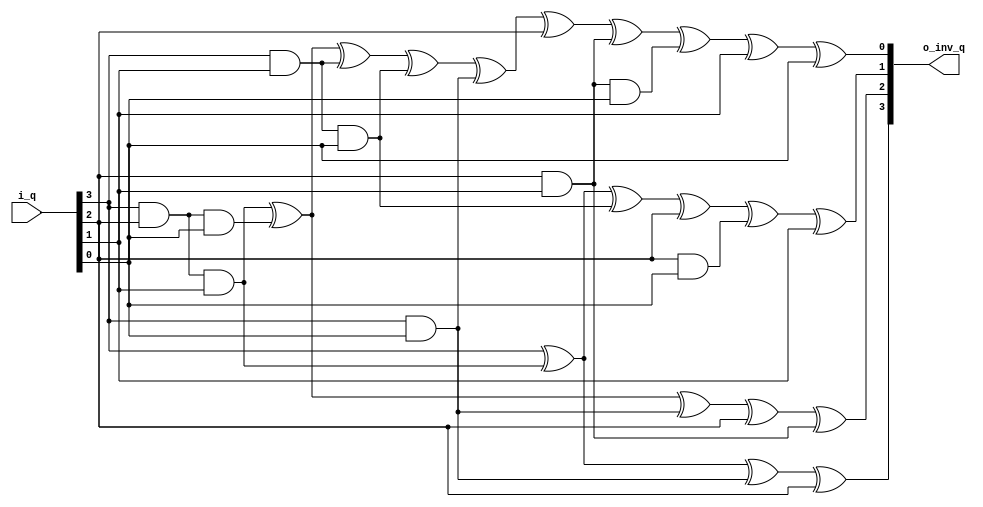
module gf_2to4_multiplicative_inversion
#(
	// PARAMETERS.
	parameter 									NB_DATA = 4		// [HINT] Works only if value is 4
)
(
	// OUTPUTS.
	output	wire	[ NB_DATA-1 : 0 ] 			o_inv_q			,
	// INTPUTS.
	input	wire	[ NB_DATA-1 : 0 ] 			i_q				
) ;
	// QUICK_INSTANCE: BEGIN
	/*gf_2to4_multiplicative_inversion
	#(
		.NB_DATA			( NB_HALF_BYTE	)	// [HINT] Works only if value is 4
	)
	u_gf_2to4_multiplicative_inversion
	(
		.o_inv_q			( inv_q	 		)	,
		.i_q				( aux_xor  		)
	) ;
	*/ // QUICK_INSTANCE: END

	// ALGORITHM BEGIN
	assign o_inv_q[3]
		= 	(	i_q[3] 										)	^ 
			( 	i_q[3] & 	i_q[2] & 	i_q[1] 				) 	^
			( 	i_q[3] & 						 	i_q[0] 	)	^
			(				i_q[2] 							)	;
	
	assign o_inv_q[2]
		= 	( 	i_q[3] & 	i_q[2] & 	i_q[1] 				)	^
			( 	i_q[3] & 	i_q[2] & 				i_q[0] 	) 	^
			( 	i_q[3] & 							i_q[0] 	)	^
			(				i_q[2] 							)	^
			( 				i_q[2] & 	i_q[1] 				)	;
	
	assign o_inv_q[1]
		= 	(	i_q[3]										)	^
			( 	i_q[3] & 	i_q[2] & 	i_q[1] 				) 	^
			( 	i_q[3] & 				i_q[1] & 	i_q[0] 	) 	^
			(				i_q[2]							)	^
			( 				i_q[2] & 				i_q[0] 	)	^
			(							i_q[1]				)	;
	
	assign o_inv_q[0]
		= 	( 	i_q[3] & 	i_q[2] & 	i_q[1] 				) 	^
			( 	i_q[3] & 	i_q[2] & 				i_q[0] 	) 	^
			( 	i_q[3] & 				i_q[1] 			 	) 	^
			( 	i_q[3] & 				i_q[1] & 	i_q[0] 	) 	^
			( 	i_q[3] & 						 	i_q[0] 	)	^
			(				i_q[2]							)	^
			( 				i_q[2] & 	i_q[1] 				)	^
			( 				i_q[2] & 	i_q[1] & 	i_q[0] 	) 	^
			(							i_q[1]				)	^
			(										i_q[0]	)	;

endmodule // gf_2to4_multiplicative_inversion